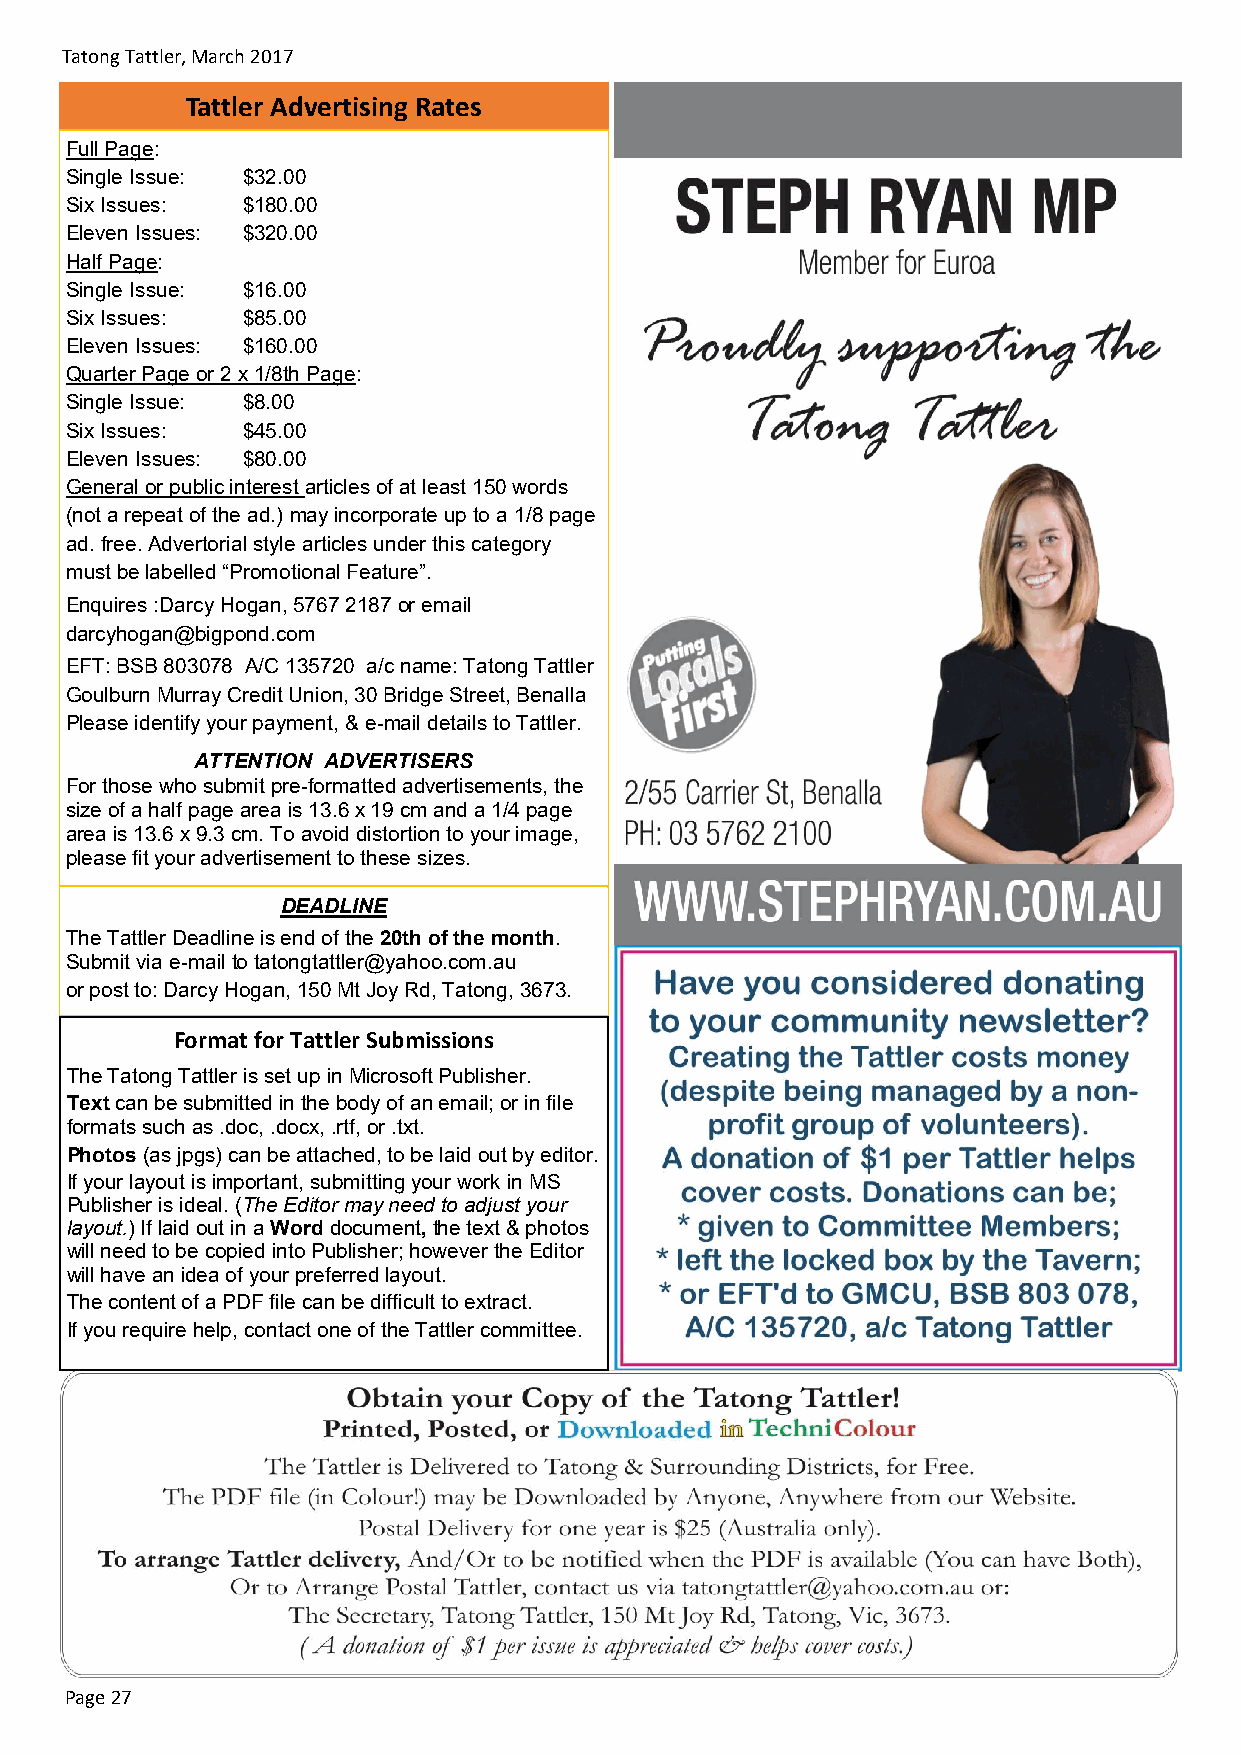
Tatong Tattler, March 2017
 Tattler Advertising Rates
 Full Page:
 Single Issue: $32.00
 Six Issues: $180.00
 Eleven Issues: $320.00
 Half Page:
 Single Issue: $16.00
 Six Issues: $85.00
 Eleven Issues: $160.00
 Quarter Page or 2 x 1/8th Page:
 Single Issue: $8.00
 Six Issues: $45.00
 Eleven Issues: $80.00
 General or public interest articles of at least 150 words
 (not a repeat of the ad.) may incorporate up to a 1/8 page
 ad. free. Advertorial style articles under this category
 must be labelled “Promotional Feature”.
 Enquires :Darcy Hogan, 5767 2187 or email
 darcyhogan@bigpond.com
 EFT: BSB 803078 A/C 135720 a/c name: Tatong Tattler
 Goulburn Murray Credit Union, 30 Bridge Street, Benalla
 Please identify your payment, & e-mail details to Tattler.
 ATTENTION ADVERTISERS
 For those who submit pre-formatted advertisements, the
 size of a half page area is 13.6 x 19 cm and a 1/4 page
 area is 13.6 x 9.3 cm. To avoid distortion to your image,
 please fit your advertisement to these sizes.
 DEADLINE
 The Tattler Deadline is end of the 20th of the month.
 Submit via e-mail to tatongtattler@yahoo.com.au
 or post to: Darcy Hogan, 150 Mt Joy Rd, Tatong, 3673.
 Format for Tattler Submissions
 The Tatong Tattler is set up in Microsoft Publisher.
 Text can be submitted in the body of an email; or in file
 formats such as .doc, .docx, .rtf, or .txt.
 Photos (as jpgs) can be attached, to be laid out by editor.
 If your layout is important, submitting your work in MS
 Publisher is ideal. (The Editor may need to adjust your
 layout.) If laid out in a Word document, the text & photos
 will need to be copied into Publisher; however the Editor
 will have an idea of your preferred layout.
 The content of a PDF file can be difficult to extract.
 If you require help, contact one of the Tattler committee.
 Page 27